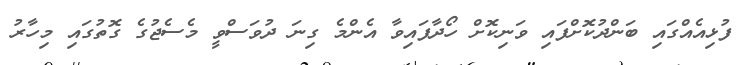
ފުޅިއެއްގައި ބަންދުކޮށްފައި ވަނިކޮށް ހޯދާފައިވާ އެންމެ ގިނަ ދުވަސްވީ މެސެޖުގެ ގޮތުގައި މިހާރު